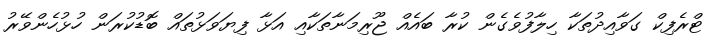
ޓްރެފިކް ގަވާއިދުތަކާ ހިލާފުވެގެން ކުރާ ބައެއް ޖޫރިމަނާތަކާއި އަޅާ ފިޔަވަޅުތައް ބޮޑުކުރަން ހުޅުހެންވޭރު